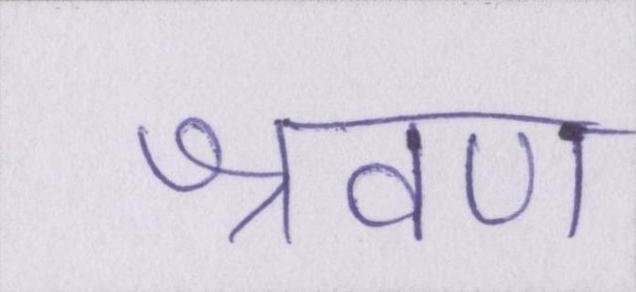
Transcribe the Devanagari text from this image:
श्रवण